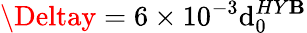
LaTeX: \Deltay=6\times10^{-3}\mathrm{d}_{0}^{HY\mathbf{B}}